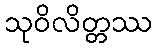
သုဝိလိတ္တဿ